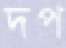
দপ